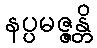
နပ္ပမဇ္ဇန္တိ